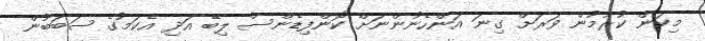
މިކަން ކުރުމުން ވަރަށް ގިނަ އަންހެނުންނަށް ކޮންފިޑެންސް ލިބޭ އަދި އެކަމުގެ ސަބަބުން